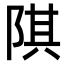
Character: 𨺌